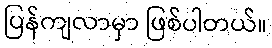
ပြန်ကျလာမှာ ဖြစ်ပါတယ်။